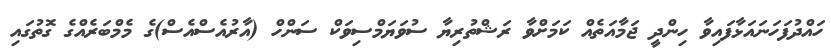
ހައްދުފަހަނައަޅާފައިވާ ހިންދީ ޖަމާއަތެއް ކަމަށްވާ ރަޝްތުރިޔާ ސުވަޔަމްސިވަކް ސަންހް (އާރުއެސްއެސް)ގެ މެމްބަރެއްގެ ގޮތުގައި